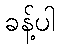
ခန့်ပါ